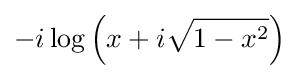
-i\log \left(x+i{\sqrt {1-x^{2}}}\right)